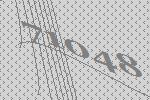
71048